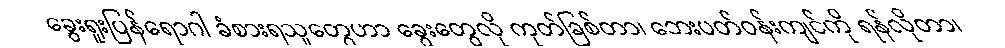
ခွေးရူးပြန်ရောဂါ ခံစားရသူတွေဟာ ခွေးတွေလို ကုတ်ခြစ်တာ၊ ဘေးပတ်ဝန်းကျင်ကို ရန်လိုတာ၊